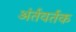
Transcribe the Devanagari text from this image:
अंर्तवर्तक